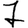
Digit: 7